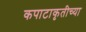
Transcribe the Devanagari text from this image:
कपाटाकृतीच्या